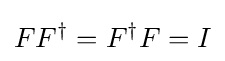
FF^{\dagger }=F^{\dagger }F=I